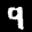
Label: 9